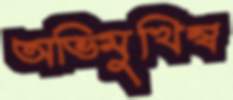
অভিমুখিন্ব